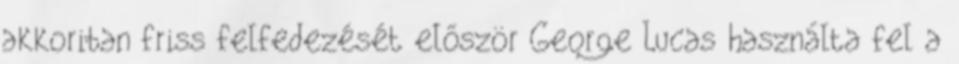
akkoriban friss felfedezését először George Lucas használta fel a